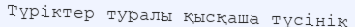
Түріктер туралы қысқаша түсінік